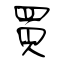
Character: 買